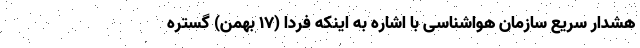
هشدار سریع سازمان هواشناسی با اشاره به اینکه فردا (۱۷ بهمن) گستره